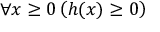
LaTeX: \forall x \geq 0 \left( h ( x ) \geq 0 \right)